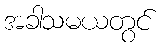
အခါသမယတွင်